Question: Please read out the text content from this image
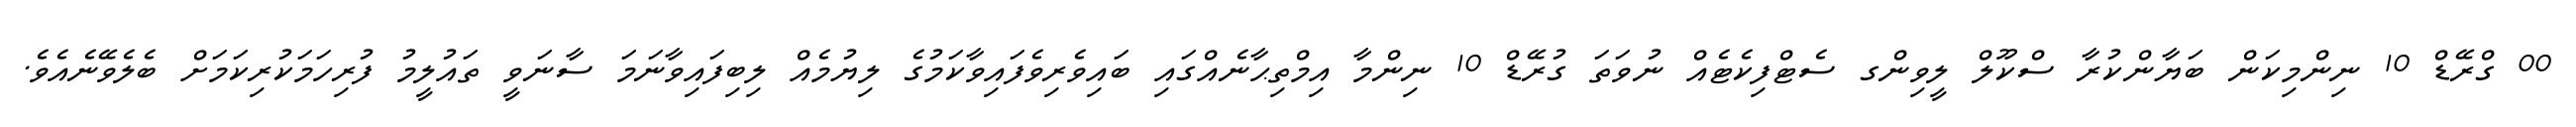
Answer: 00 ގްރޭޑް 10 ނިންމިކަން ބަޔާންކުރާ ސްކޫލް ލީވިންގ ސެޓްފިކެޓެއް ނުވަތަ ގުރޭޑް 10 ނިންމާ އިމްތިޙާނެއްގައި ބައިވެރިވެފައިވާކަމުގެ ލިޔުމެއް ލިބިފައިވާނަމަ ސާނަވީ ތައުލީމު ފުރިހަމަކުރިކަމަށް ބެލެވޭނެއެވެ.